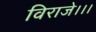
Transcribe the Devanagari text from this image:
विराजे।।।